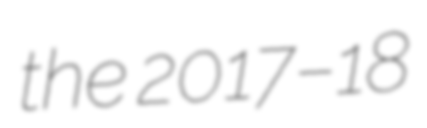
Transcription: the 2017–18